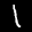
Label: 1